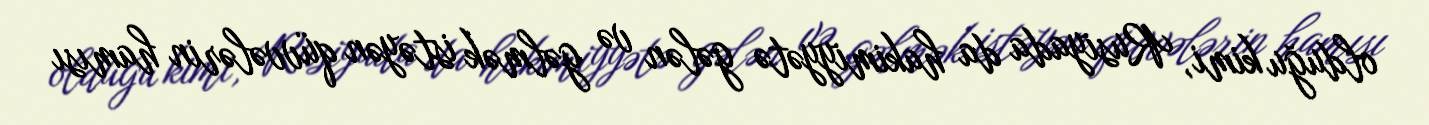
olduğu kimi, Rusiyada da hakimiyyətə gələn və gəlmək istəyən qüvvələrin hamısı